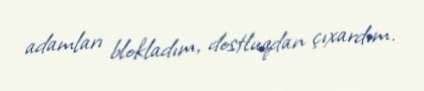
adamları blokladım, dostluqdan çıxardım.